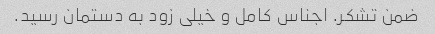
ضمن تشکر. اجناس کامل و خیلی زود به دستمان رسید.